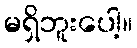
မရှိဘူးပေါ့။